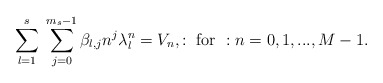
\begin{align*}\displaystyle\sum_{l=1}^{s}\;\displaystyle\sum_{j=0}^{m_{s}-1}\beta_{l,j}n^{j}\lambda _{l}^{n}=V_{n},:\mbox{ for }:n=0,1,...,M-1.\end{align*}